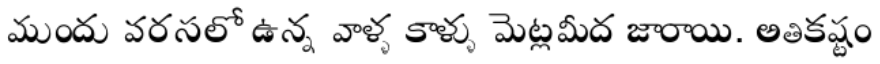
ముందు వరసలో ఉన్న వాళ్ళ కాళ్ళు మెట్లమీద జారాయి. అతికష్టం